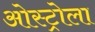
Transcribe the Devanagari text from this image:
ओस्ट्रोला